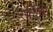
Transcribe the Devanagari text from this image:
रफीचा